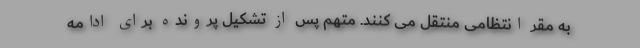
به مقر انتظامی منتقل می کنند. متهم پس از تشکیل پرونده برای ادامه